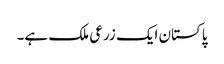
پاکستان ایک زرعی ملک ہے۔